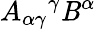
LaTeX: A_{\alpha\gamma}{}^{\gamma}\mathit{B}^{\alpha}